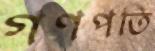
গণপতি